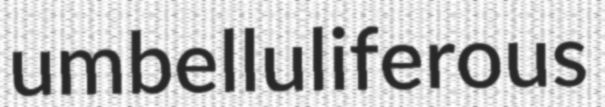
umbelluliferous